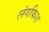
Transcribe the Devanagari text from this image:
लंगफिश